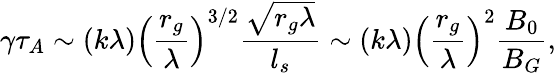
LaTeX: \gamma\tau_{A}\sim(k\lambda)\left(\frac{r_{g}}{\lambda}\right)^{3/2}\frac{\sqrt{r_{g}\lambda}}{l_{s}}\sim(k\lambda)\left(\frac{r_{g}}{\lambda}\right)^{2}\frac{B_{0}}{B_{G}},